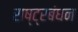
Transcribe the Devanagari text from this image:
राष्ट्रबंधन